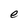
Character: e